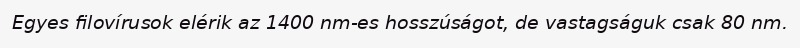
Egyes filovírusok elérik az 1400 nm-es hosszúságot, de vastagságuk csak 80 nm.